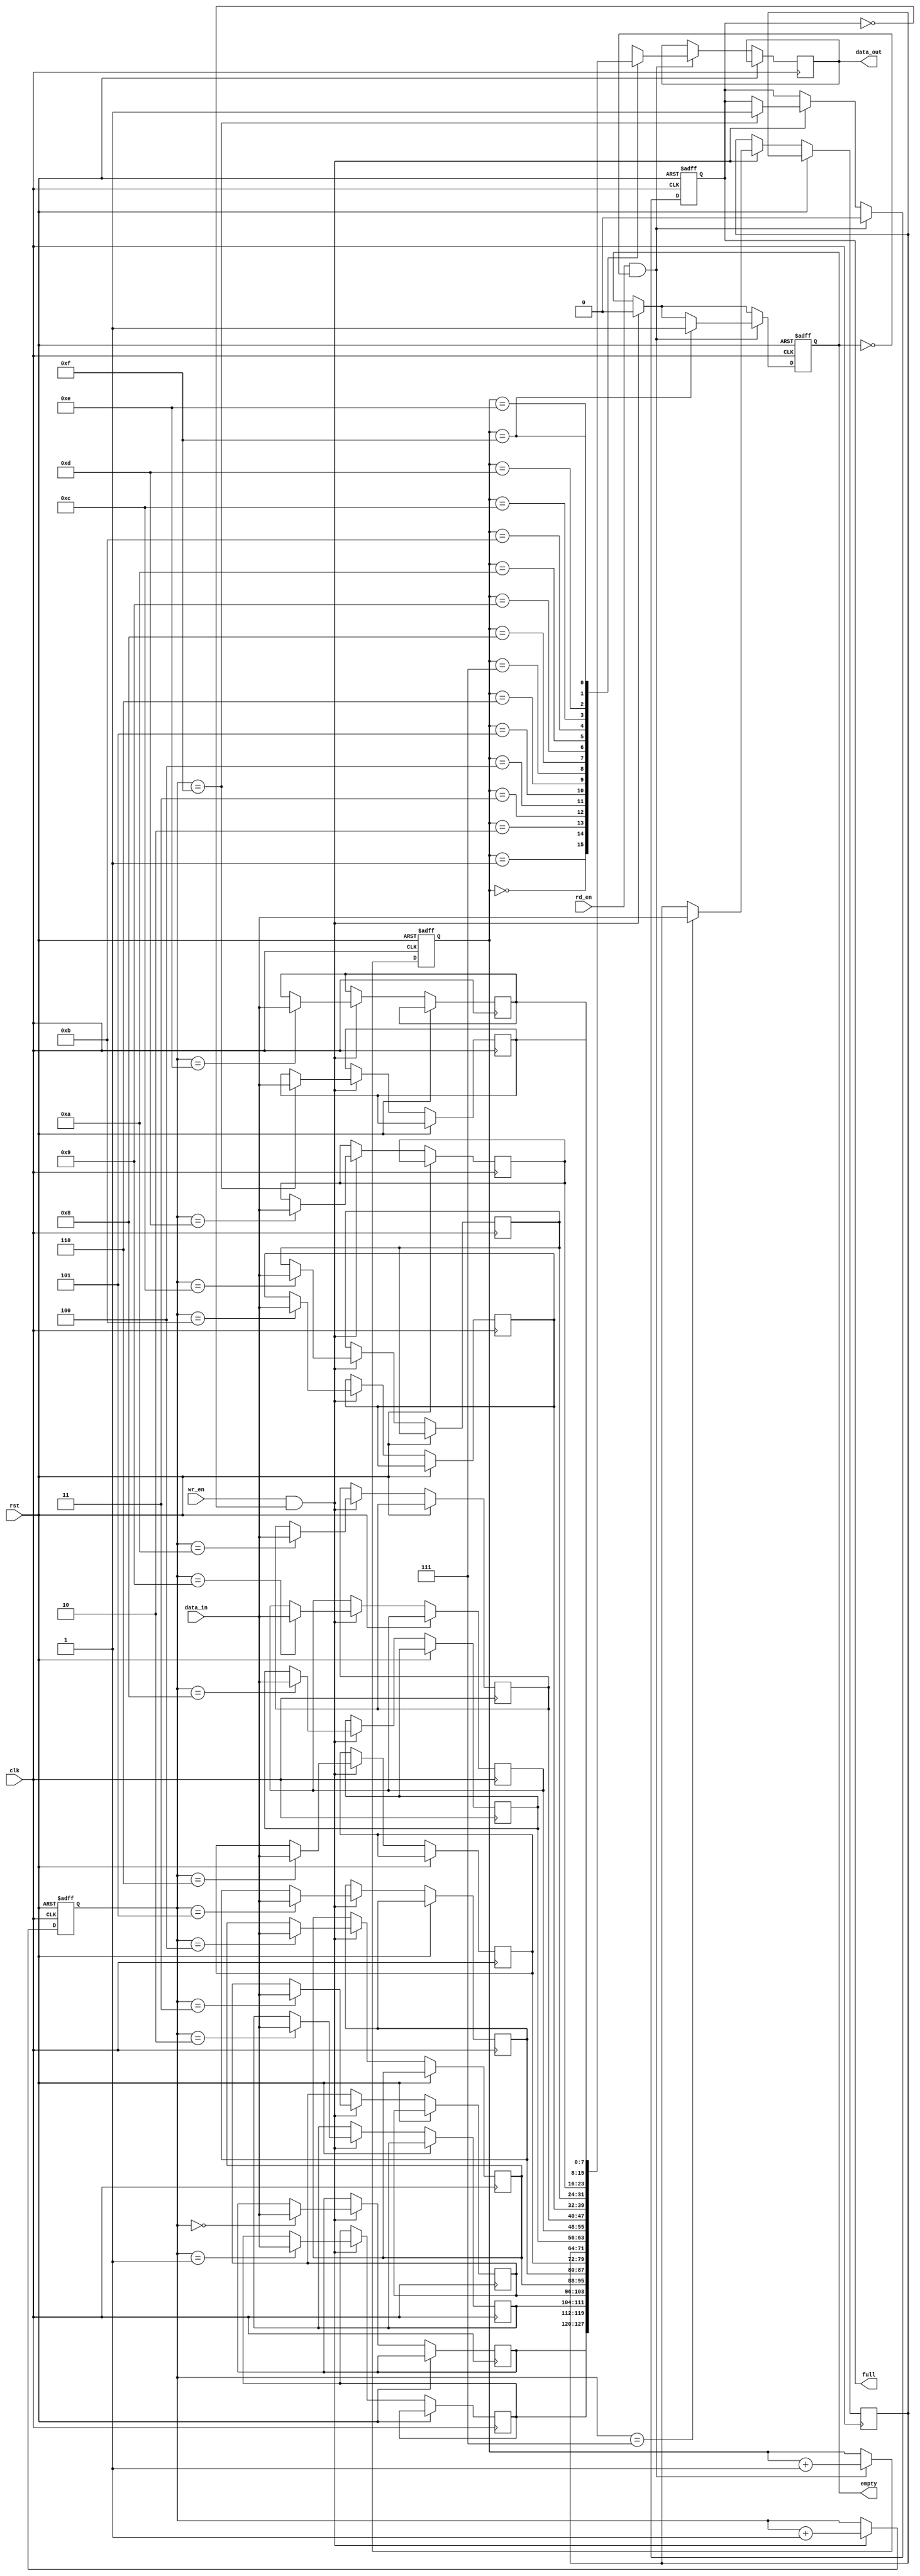
module fifo #(
    parameter DATA_WIDTH = 8,     // Data width of FIFO
    parameter FIFO_DEPTH = 16     // Depth of FIFO
) (
    input wire clk,               // Clock input
    input wire rst,               // Reset input
    input wire wr_en,             // Write enable input
    input wire rd_en,             // Read enable input
    input wire [DATA_WIDTH-1:0] data_in, // Data input
    output reg [DATA_WIDTH-1:0] data_out, // Data output
    output reg empty,             // FIFO empty flag
    output reg full               // FIFO full flag
);

reg [DATA_WIDTH-1:0] fifo_mem [0:FIFO_DEPTH-1];
reg [3:0] wr_ptr = 0;
reg [3:0] rd_ptr = 0;

always @(posedge clk or posedge rst) begin
    if (rst) begin
        wr_ptr <= 4'h0;
        rd_ptr <= 4'h0;
        full <= 1'b0;
        empty <= 1'b1;
    end else begin
        if (wr_en && !full) begin
            fifo_mem[wr_ptr] <= data_in;
            wr_ptr <= wr_ptr + 1;
            if (wr_ptr == FIFO_DEPTH-1) begin
                full <= 1'b1;
            end
            empty <= 1'b0;
        end
        if (rd_en && !empty) begin
            data_out <= fifo_mem[rd_ptr];
            rd_ptr <= rd_ptr + 1;
            if (rd_ptr == FIFO_DEPTH-1) begin
                empty <= 1'b1;
            end
            full <= 0;
        end
    end
end

endmodule